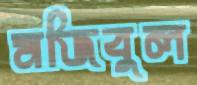
মজিবুল